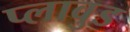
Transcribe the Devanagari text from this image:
प्लावुड